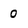
Character: 0